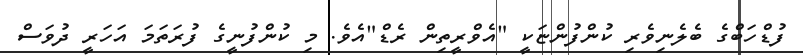
ފުޑްހަބްގެ ބެލެނިވެރި ކުންފުންޏަކީ "އެވްރީތިން ރެޑް"އެވެ. މި ކުންފުނީގެ ފުރަތަމަ އަހަރީ ދުވަސް